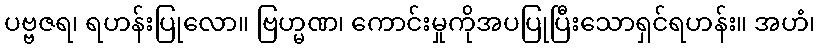
ပဗ္ဗဇရ၊ ရဟန်းပြုလော။ ဗြဟ္မဏ၊ ကောင်းမှုကိုအပပြုပြီးသောရှင်ရဟန်း။ အဟံ၊